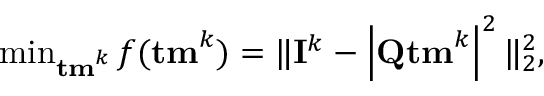
\begin{array} { r } { \operatorname* { m i n } _ { { \bf { t m } } ^ { k } } f ( { \bf { t m } } ^ { k } ) = \| { \bf { I } } ^ { k } - \left| { \bf { Q } } { \bf { t m } } ^ { k } \right| ^ { 2 } \| _ { 2 } ^ { 2 } , } \end{array}